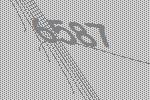
6587